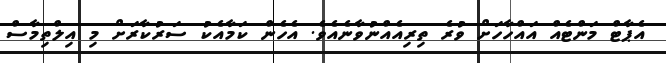
އެޕާޓް މަންޓެއް އައްހާހަށް ވުރެ ތިރިއެއްނުވާނެއެވެ. އެހެން ކަމާއެކު ސަރުކާރަށް މި އިލްތިމާސް